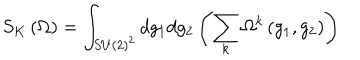
S _ { K } \left( \Omega \right) = \int _ { S U \left( 2 \right) ^ { 2 } } d g _ { 1 } d g _ { 2 } \left( \sum _ { k } \Omega ^ { k } \left( g _ { 1 } , g _ { 2 } \right) \right)